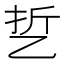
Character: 乴